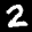
Label: 2